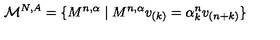
\mathcal { M } ^ { N , A } = \{ M ^ { n , \alpha } \mid M ^ { n , \alpha } v _ { ( k ) } = \alpha _ { k } ^ { n } v _ { ( n + k ) } \}